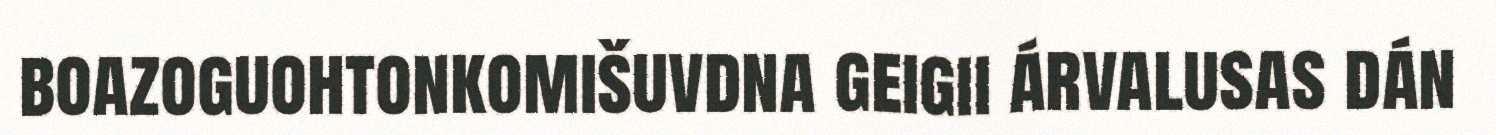
boazoguohtonkomišuvdna geigii árvalusas dán